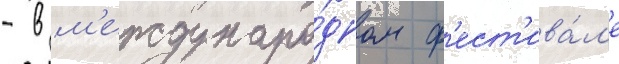
- в м'еждунаро́дном ф'ест'ива́л'е